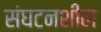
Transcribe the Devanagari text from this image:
संघटनशील